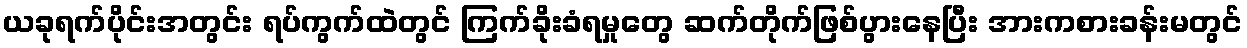
ယခုရက်ပိုင်းအတွင်း ရပ်ကွက်ထဲတွင် ကြက်ခိုးခံရမှုတွေ ဆက်တိုက်ဖြစ်ပွားနေပြီး အားကစားခန်းမတွင်